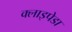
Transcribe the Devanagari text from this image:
क्लाइपेडा